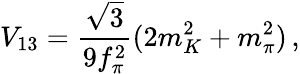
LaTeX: V_{13}=\frac{\sqrt{3}}{9f_{\pi}^{2}}(2m_{K}^{2}+m_{\pi}^{2})\, ,